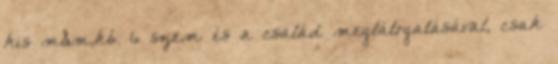
kis m&m,kb. 6 szem és a család meglátogatásával, csak